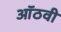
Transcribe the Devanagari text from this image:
ऑठवी